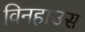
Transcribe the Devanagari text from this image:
विनहाउस